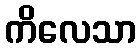
ကိလေသာ